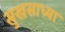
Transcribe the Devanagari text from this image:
सुखसाध्या